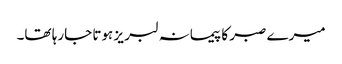
میرے صبر کا پیمانہ لبر یز ہوتا جارہا تھا۔